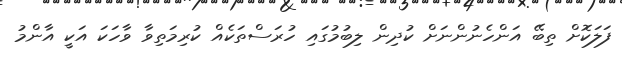
ފަލަކޮށް ތިބޭ އަންހެނުންނަށް ކުދިން ލިބުމުގައި ހުރަސްތަކެއް ކުރިމަތިވާ ވާހަކަ އަކީ އާންމު